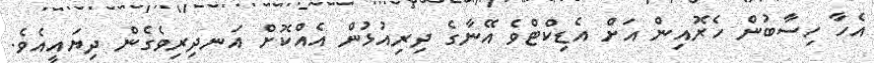
އެހާ ހިސާބުން ހެރޮއިން އަށް އެޑިކްޓްވެ އޭނާގެ ދިރިއުޅުން އެއްކޮށް އަނދިރިވެގެން ދިޔައީއެވެ.